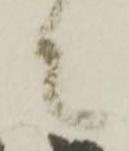
之